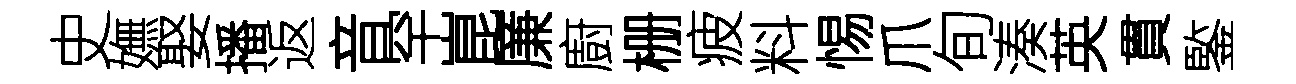
史嫵娶播返音罕崑廉廚栅疲料惕爪旬湊英貫鍳